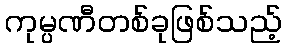
ကုမ္ပဏီတစ်ခုဖြစ်သည့်